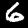
Digit: 6